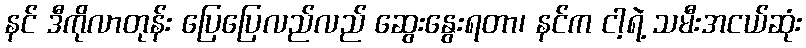
နင် ဒီကိုလာတုန်း ပြေပြေလည်လည် ဆွေးနွေးရတာ၊ နင်က ငါ့ရဲ့ သမီးအငယ်ဆုံး